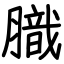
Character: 膱